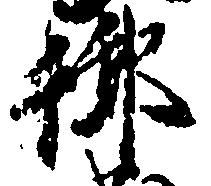
御